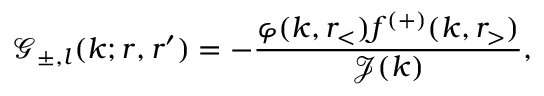
\mathcal { G } _ { \pm , l } ( k ; r , r ^ { \prime } ) = - \frac { \varphi ( k , r _ { < } ) f ^ { ( + ) } ( k , r _ { > } ) } { \mathcal { J } ( k ) } ,